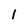
Character: l